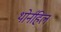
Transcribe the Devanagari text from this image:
थोर्नहिल